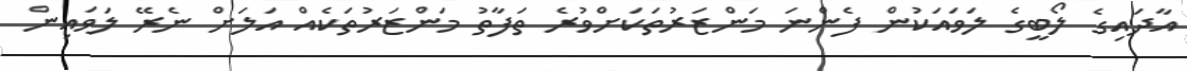
އާދައިގެ ލޯބީގެ ލަވައަކުން ފެންނަ މަންޒަރުތަކަށްވުރެ ތަފާތު މަންޒަރުތަކެއް އަލަށް ނެރޭ ލަަވައިން